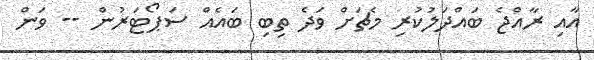
އާއި ރާއްޖެ ބައްދަލުކުރި މެޗަށް ވަދެ ތިބި ބައެއް ސަޕޯޓަރުން -- ވަން